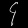
Digit: ၄